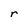
Character: r